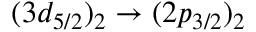
( 3 d _ { 5 / 2 } ) _ { 2 } \rightarrow ( 2 p _ { 3 / 2 } ) _ { 2 }